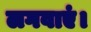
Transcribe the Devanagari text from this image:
लगवाएं।